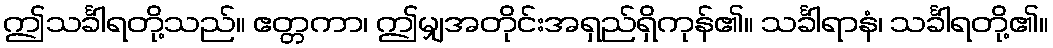
ဤသင်္ခါရတို့သည်။ ဧတ္တကာ၊ ဤမျှအတိုင်းအရှည်ရှိကုန်၏။ သင်္ခါရာနံ၊ သင်္ခါရတို့၏။